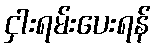
ငှါးရမ်းပေးရန်